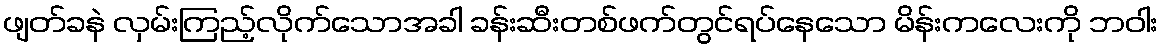
ဖျတ်ခနဲ လှမ်းကြည့်လိုက်သောအခါ ခန်းဆီးတစ်ဖက်တွင်ရပ်နေသော မိန်းကလေးကို ဘဝါး